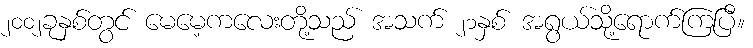
၂၀၀၂ခုနှစ်တွင် မေမေ့ကလေးတို့သည် အသက် ၂၁နှစ် အရွယ်သို့ရောက်ကြပြီ။